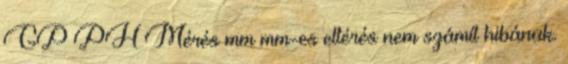
GP PH Mérés mm mm-es eltérés nem számít hibának.